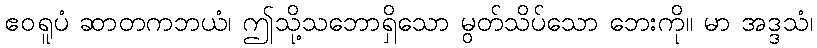
ဧဝရူပံ ဆာတကဘယံ၊ ဤသို့သဘောရှိသော မွတ်သိပ်သော ဘေးကို။ မာ အဒ္ဒသံ၊